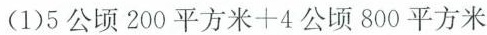
(1)$$5 公 顷 2 0 0 平 方 米 + 4 公 顷 8 0 0 平 方 米$$